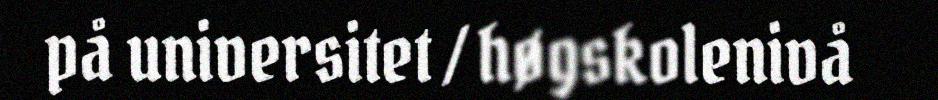
på universitet / høgskolenivå